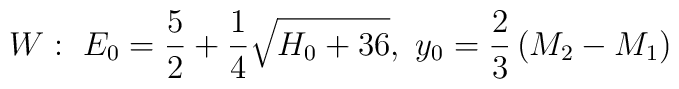
W:~E_0={5\over 2}+{1\over 4}\sqrt{H_0+36},~y_0={2\over 3}\left(M_2-M_1\right)